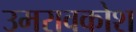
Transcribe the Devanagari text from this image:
उमरावकोश